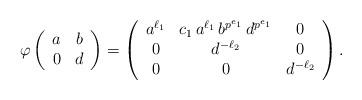
LaTeX: \begin{align*} \varphi\left(\begin{array}{c c} a & b \\ 0 & d \end{array}\right) & = \left(\begin{array}{c c c} a^{\ell_1} & c_1 \, a^{\ell_1} \, b^{p^{e_1}} \, d^{ p^{e_1} } & 0 \\ 0 & d^{ - \ell_2} & 0\\ 0 & 0 & d^{- \ell_2} \end{array} \right) . \end{align*}